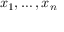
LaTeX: x _ { 1 } , \dots , x _ { n }